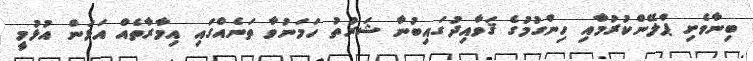
ބިނާވެށި ޕްލޭންކުރުމާއި ހިންގުމުގެ ޤަވާއިދުގައިބުނާ ޝަރުތު ހަމަނުވާ ތަނެއްގައި އިމާރާތެއް އަޅަން އުޅުމީ